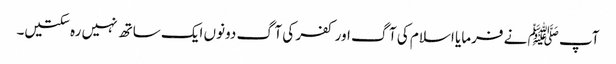
آپ ﷺ نے فرمایا اسلام کی آگ اور کفر کی آگ دونوں ایک ساتھ نہیں رہ سکتیں۔